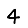
Digit: 4